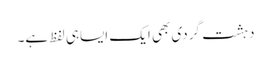
دہشت گردی بھی ایک ایساہی لفظ ہے۔